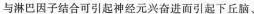
与淋巴因子结合可引起神经元兴奋进而引起下丘脑、